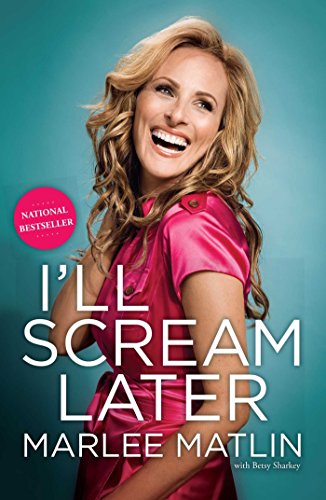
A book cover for I'll Scream Later; Marlee Matlin; Biographies & Memoirs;